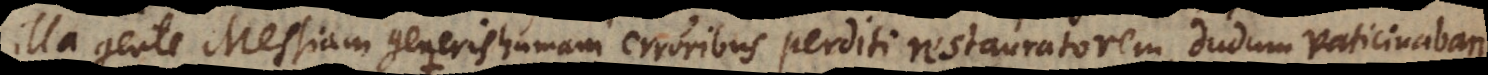
illa gente Messiam generis humani erroribus perditi restauratorem dudum vaticinabant